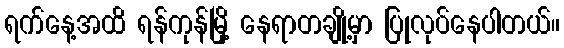
ရက်နေ့အထိ ရန်ကုန်မြို့ နေရာတချို့မှာ ပြုလုပ်နေပါတယ်။